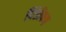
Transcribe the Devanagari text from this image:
पिंडीपण